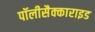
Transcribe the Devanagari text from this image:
पॉलीसैक्काराइड